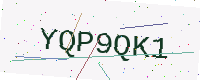
Text: YQP9QK1